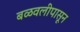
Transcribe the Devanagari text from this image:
बळवलीपासून